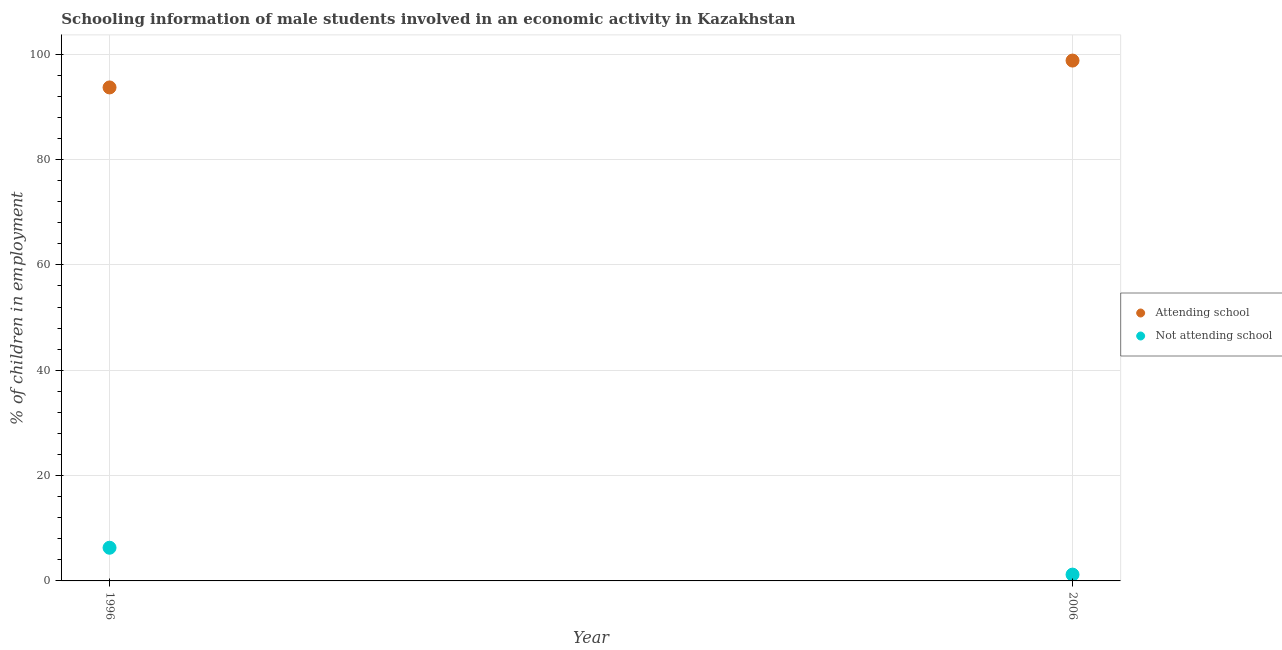
| Year | Attending school | Not attending school |
 | --- | --- | --- |
 | 1996 | 93.7 | 6.3 |
 | 2006 | 98.8 | 1.2 |